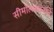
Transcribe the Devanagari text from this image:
सीमोल्लंघनाने